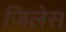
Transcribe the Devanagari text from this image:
जिलेस